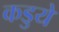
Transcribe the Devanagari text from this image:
कडुये